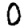
Digit: 0